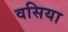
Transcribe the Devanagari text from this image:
वसिया